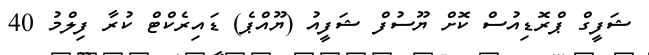
ޝަފީގް ޕްރޮޑިއުސް ކޮށް ޔޫސުފް ޝަފީއު (ޔޫއްޕެ) ޑައިރެކްޓް ކުރާ ފިލްމު 40